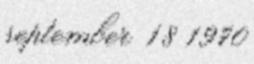
september 18 1970